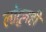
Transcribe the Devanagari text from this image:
लोटूनही